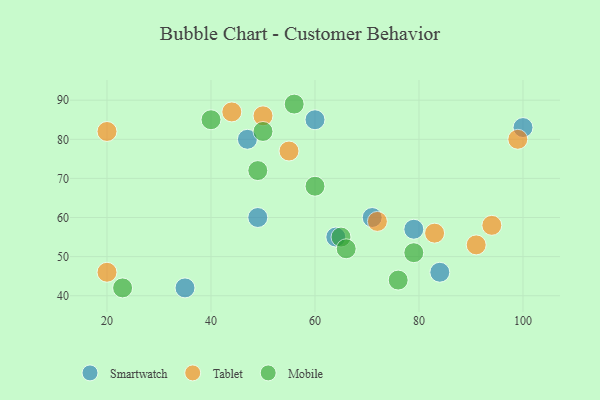
{"axis": {"x": "GDP", "y": "Life Expectancy"}, "legend": ["Mobile", "Smartwatch", "Tablet"], "data": [{"x": "60", "y": 85, "type": "Smartwatch"}, {"x": "71", "y": 60, "type": "Smartwatch"}, {"x": "100", "y": 83, "type": "Smartwatch"}, {"x": "64", "y": 55, "type": "Smartwatch"}, {"x": "49", "y": 60, "type": "Smartwatch"}, {"x": "35", "y": 42, "type": "Smartwatch"}, {"x": "79", "y": 57, "type": "Smartwatch"}, {"x": "47", "y": 80, "type": "Smartwatch"}, {"x": "84", "y": 46, "type": "Smartwatch"}, {"x": "83", "y": 56, "type": "Tablet"}, {"x": "20", "y": 46, "type": "Tablet"}, {"x": "72", "y": 59, "type": "Tablet"}, {"x": "94", "y": 58, "type": "Tablet"}, {"x": "20", "y": 82, "type": "Tablet"}, {"x": "91", "y": 53, "type": "Tablet"}, {"x": "50", "y": 86, "type": "Tablet"}, {"x": "44", "y": 87, "type": "Tablet"}, {"x": "99", "y": 80, "type": "Tablet"}, {"x": "55", "y": 77, "type": "Tablet"}, {"x": "56", "y": 89, "type": "Mobile"}, {"x": "79", "y": 51, "type": "Mobile"}, {"x": "50", "y": 82, "type": "Mobile"}, {"x": "76", "y": 44, "type": "Mobile"}, {"x": "23", "y": 42, "type": "Mobile"}, {"x": "40", "y": 85, "type": "Mobile"}, {"x": "60", "y": 68, "type": "Mobile"}, {"x": "65", "y": 55, "type": "Mobile"}, {"x": "49", "y": 72, "type": "Mobile"}, {"x": "66", "y": 52, "type": "Mobile"}]}